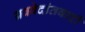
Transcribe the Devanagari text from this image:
नववेदांतवादी